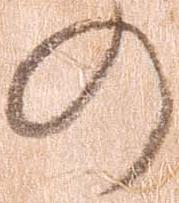
の